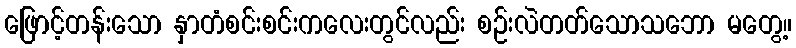
ဖြောင့်တန်းသော နှာတံစင်းစင်းကလေးတွင်လည်း စဉ်းလဲတတ်သောသဘော မတွေ့။